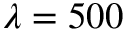
\lambda = 5 0 0